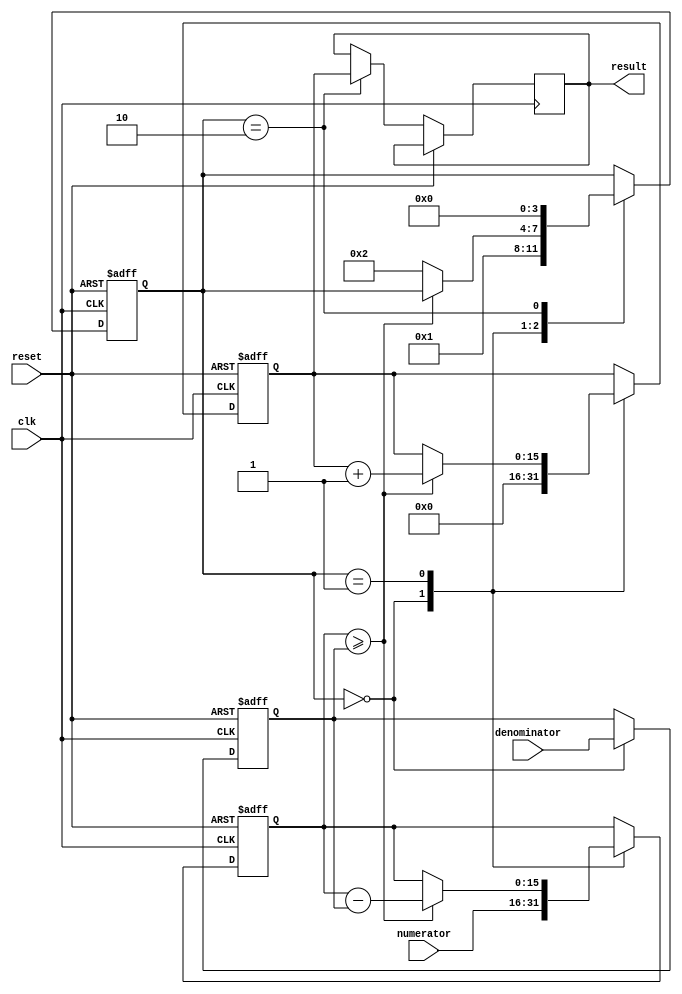
module divider (
    input wire clk,
    input wire reset,
    input wire [15:0] numerator,
    input wire [15:0] denominator,
    output reg [15:0] result
);

reg [15:0] numerator_reg, denominator_reg;
reg [15:0] quotient_reg, remainder_reg;
reg [3:0] state;

always @(posedge clk or posedge reset) begin
    if (reset) begin
        numerator_reg <= 16'd0;
        denominator_reg <= 16'd0;
        quotient_reg <= 16'd0;
        remainder_reg <= 16'd0;
        state <= 4'd0;
    end else begin
        case (state)
            4'd0: begin
                numerator_reg <= numerator;
                denominator_reg <= denominator;
                quotient_reg <= 16'd0;
                remainder_reg <= 16'd0;
                state <= 4'd1;
            end

            4'd1: begin
                if (numerator_reg >= denominator_reg) begin
                    numerator_reg <= numerator_reg - denominator_reg;
                    quotient_reg <= quotient_reg + 1;
                end else begin
                    state <= 4'd2;
                end
            end

            4'd2: begin
                result <= quotient_reg;
                state <= 4'd0;
            end
        endcase
    end
end

endmodule